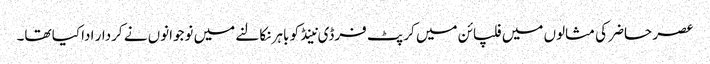
عصر حاضر کی مثالوں میں فلپائن میں کرپٹ فرڈی نینڈ کو باہر نکالنے میں نوجوانوں نے کردار ادا کیا تھا۔